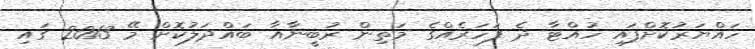
ހައްޔަރުކޮށްފައި ހުއްޓާ ދެ ފަހަރެއްގެ މަތިން ރުބީނާއާ ބައްދަލުކޮށް މޭ 2013 ގައި